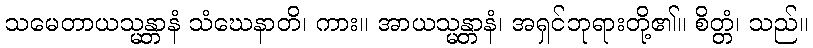
သမေတာယသ္မန္တာနံ သံဃေနာတိ၊ ကား။ အာယသ္မန္တာနံ၊ အရှင်ဘုရားတို့၏။ စိတ္တံ၊ သည်။